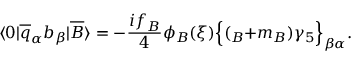
\langle 0 | \overline { { { q } } } _ { \alpha } b _ { \beta } | \overline { { { B } } } \rangle = - \frac { i f _ { B } } { 4 } \phi _ { B } ( \xi ) \Bigl \{ ( \not { p } _ { B } + m _ { B } ) \gamma _ { 5 } \Bigr \} _ { \beta \alpha } .